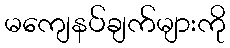
မကျေနပ်ချက်များကို